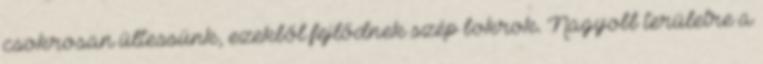
csokrosan ültessünk, ezekből fejlődnek szép bokrok. Nagyobb területre a